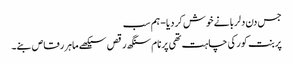
جس دن دلربا نے خوش کردیا - ہم سب
پربنت کور کی چاہت تھی پرنام سنگھ رقص سیکھے ماہر رقاص بنے۔